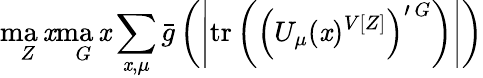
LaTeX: \operatorname*{ma\mathit{x}}_{Z}\operatorname*{ma\mathit{x}}_{G}\sum_{\mathit{x},\mu}\bar{{g}}\left(\left|\mathrm{{tr}}\left(\left(U_{\mu}(\mathit{x})^{V[Z]}\right)^{\prime\, G}\right)\right|\right)